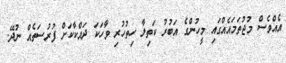
އެއްވެސް މުޖުތަމައެއްގައި މީހުންގެ އަބުރު ކަތިލާ ހިތުހުރި ވާހަކަ ދައްކާކަށް ފުރުސަތެއް ނުދޭ.